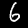
Label: 6